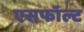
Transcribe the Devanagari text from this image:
एसफॉल्ट